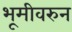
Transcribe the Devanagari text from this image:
भूमीवरुन